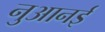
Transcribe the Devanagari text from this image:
नुआनई